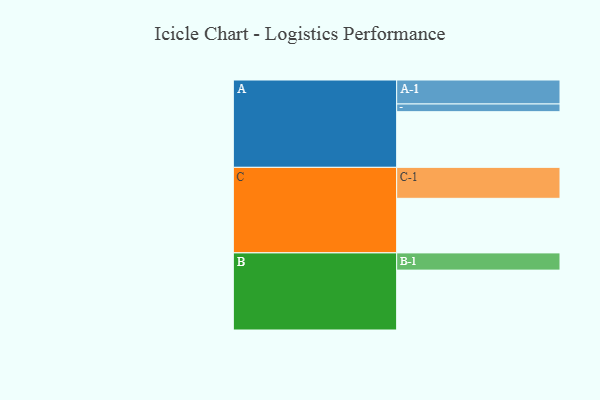
{"axis": {"x": "Segment", "y": "Value"}, "legend": ["", "A", "B", "C"], "data": [{"x": "A", "y": 462, "type": ""}, {"x": "B", "y": 497, "type": ""}, {"x": "C", "y": 453, "type": ""}, {"x": "A-1", "y": 199, "type": "A"}, {"x": "A-2", "y": 64, "type": "A"}, {"x": "B-1", "y": 143, "type": "B"}, {"x": "C-1", "y": 257, "type": "C"}]}